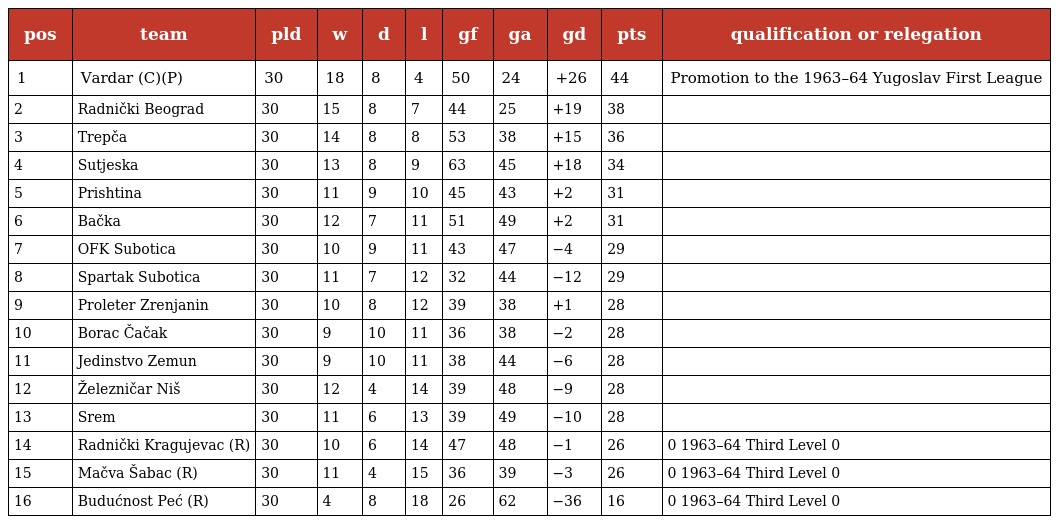
| pos | team | pld | w | d | l | gf | ga | gd | pts | qualification or relegation |
 | --- | --- | --- | --- | --- | --- | --- | --- | --- | --- | --- |
 | 1 | Vardar (C)(P) | 30 | 18 | 8 | 4 | 50 | 24 | +26 | 44 | Promotion to the 1963–64 Yugoslav First League |
 | 2 | Radnički Beograd | 30 | 15 | 8 | 7 | 44 | 25 | +19 | 38 |  |
 | 3 | Trepča | 30 | 14 | 8 | 8 | 53 | 38 | +15 | 36 |  |
 | 4 | Sutjeska | 30 | 13 | 8 | 9 | 63 | 45 | +18 | 34 |  |
 | 5 | Prishtina | 30 | 11 | 9 | 10 | 45 | 43 | +2 | 31 |  |
 | 6 | Bačka | 30 | 12 | 7 | 11 | 51 | 49 | +2 | 31 |  |
 | 7 | OFK Subotica | 30 | 10 | 9 | 11 | 43 | 47 | −4 | 29 |  |
 | 8 | Spartak Subotica | 30 | 11 | 7 | 12 | 32 | 44 | −12 | 29 |  |
 | 9 | Proleter Zrenjanin | 30 | 10 | 8 | 12 | 39 | 38 | +1 | 28 |  |
 | 10 | Borac Čačak | 30 | 9 | 10 | 11 | 36 | 38 | −2 | 28 |  |
 | 11 | Jedinstvo Zemun | 30 | 9 | 10 | 11 | 38 | 44 | −6 | 28 |  |
 | 12 | Železničar Niš | 30 | 12 | 4 | 14 | 39 | 48 | −9 | 28 |  |
 | 13 | Srem | 30 | 11 | 6 | 13 | 39 | 49 | −10 | 28 |  |
 | 14 | Radnički Kragujevac (R) | 30 | 10 | 6 | 14 | 47 | 48 | −1 | 26 | 0 1963–64 Third Level 0 |
 | 15 | Mačva Šabac (R) | 30 | 11 | 4 | 15 | 36 | 39 | −3 | 26 | 0 1963–64 Third Level 0 |
 | 16 | Budućnost Peć (R) | 30 | 4 | 8 | 18 | 26 | 62 | −36 | 16 | 0 1963–64 Third Level 0 |